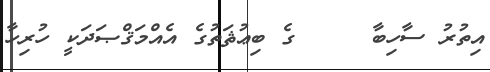
އިތުރު ސާހިބާ     ގެ ބިޢުޘަތުގެ އެއްމަޤްޞަދަކީ ހުރިހާ